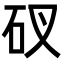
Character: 䂘